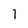
Character: 7